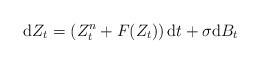
LaTeX: \begin{align*}\mathrm{d}Z_t =\left( Z_t^n + F(Z_t)\right) \mathrm{d}t+\sigma \mathrm{d}B_t \end{align*}